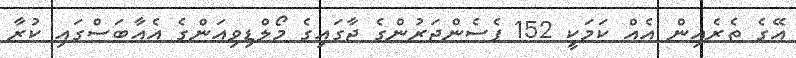
އޭގެ ތެރެއިން އެއް ކަމަކީ 152 ޕެސެންޖަރުންގެ ޖާގައިގެ މޯލްޑިވިއަންގެ އެއާބަސްގައި ކުރާ